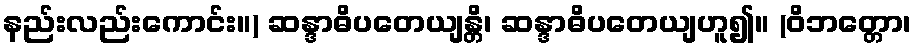
နည်းလည်းကောင်း။) ဆန္ဒာဓိပတေယျန္တိ၊ ဆန္ဒာဓိပတေယျဟူ၍။ (ဝိဘတ္တော၊